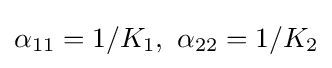
\alpha _{11}=1/K_{1},~\alpha _{22}=1/K_{2}